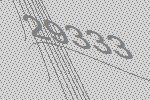
29333